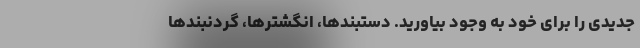
جدیدی را برای خود به وجود بیاورید. دستبندها، انگشترها، گردنبندها